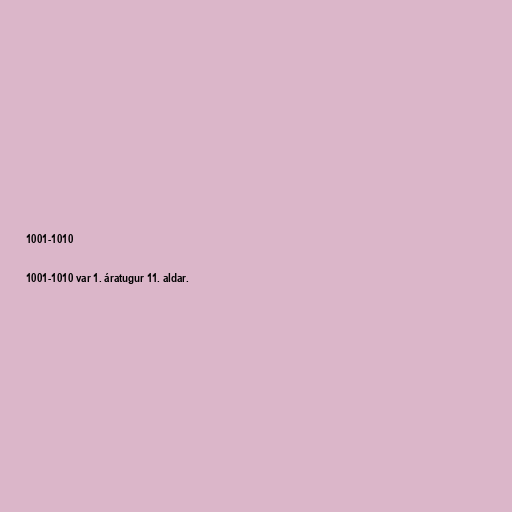
1001-1010

1001-1010 var 1. áratugur 11. aldar.